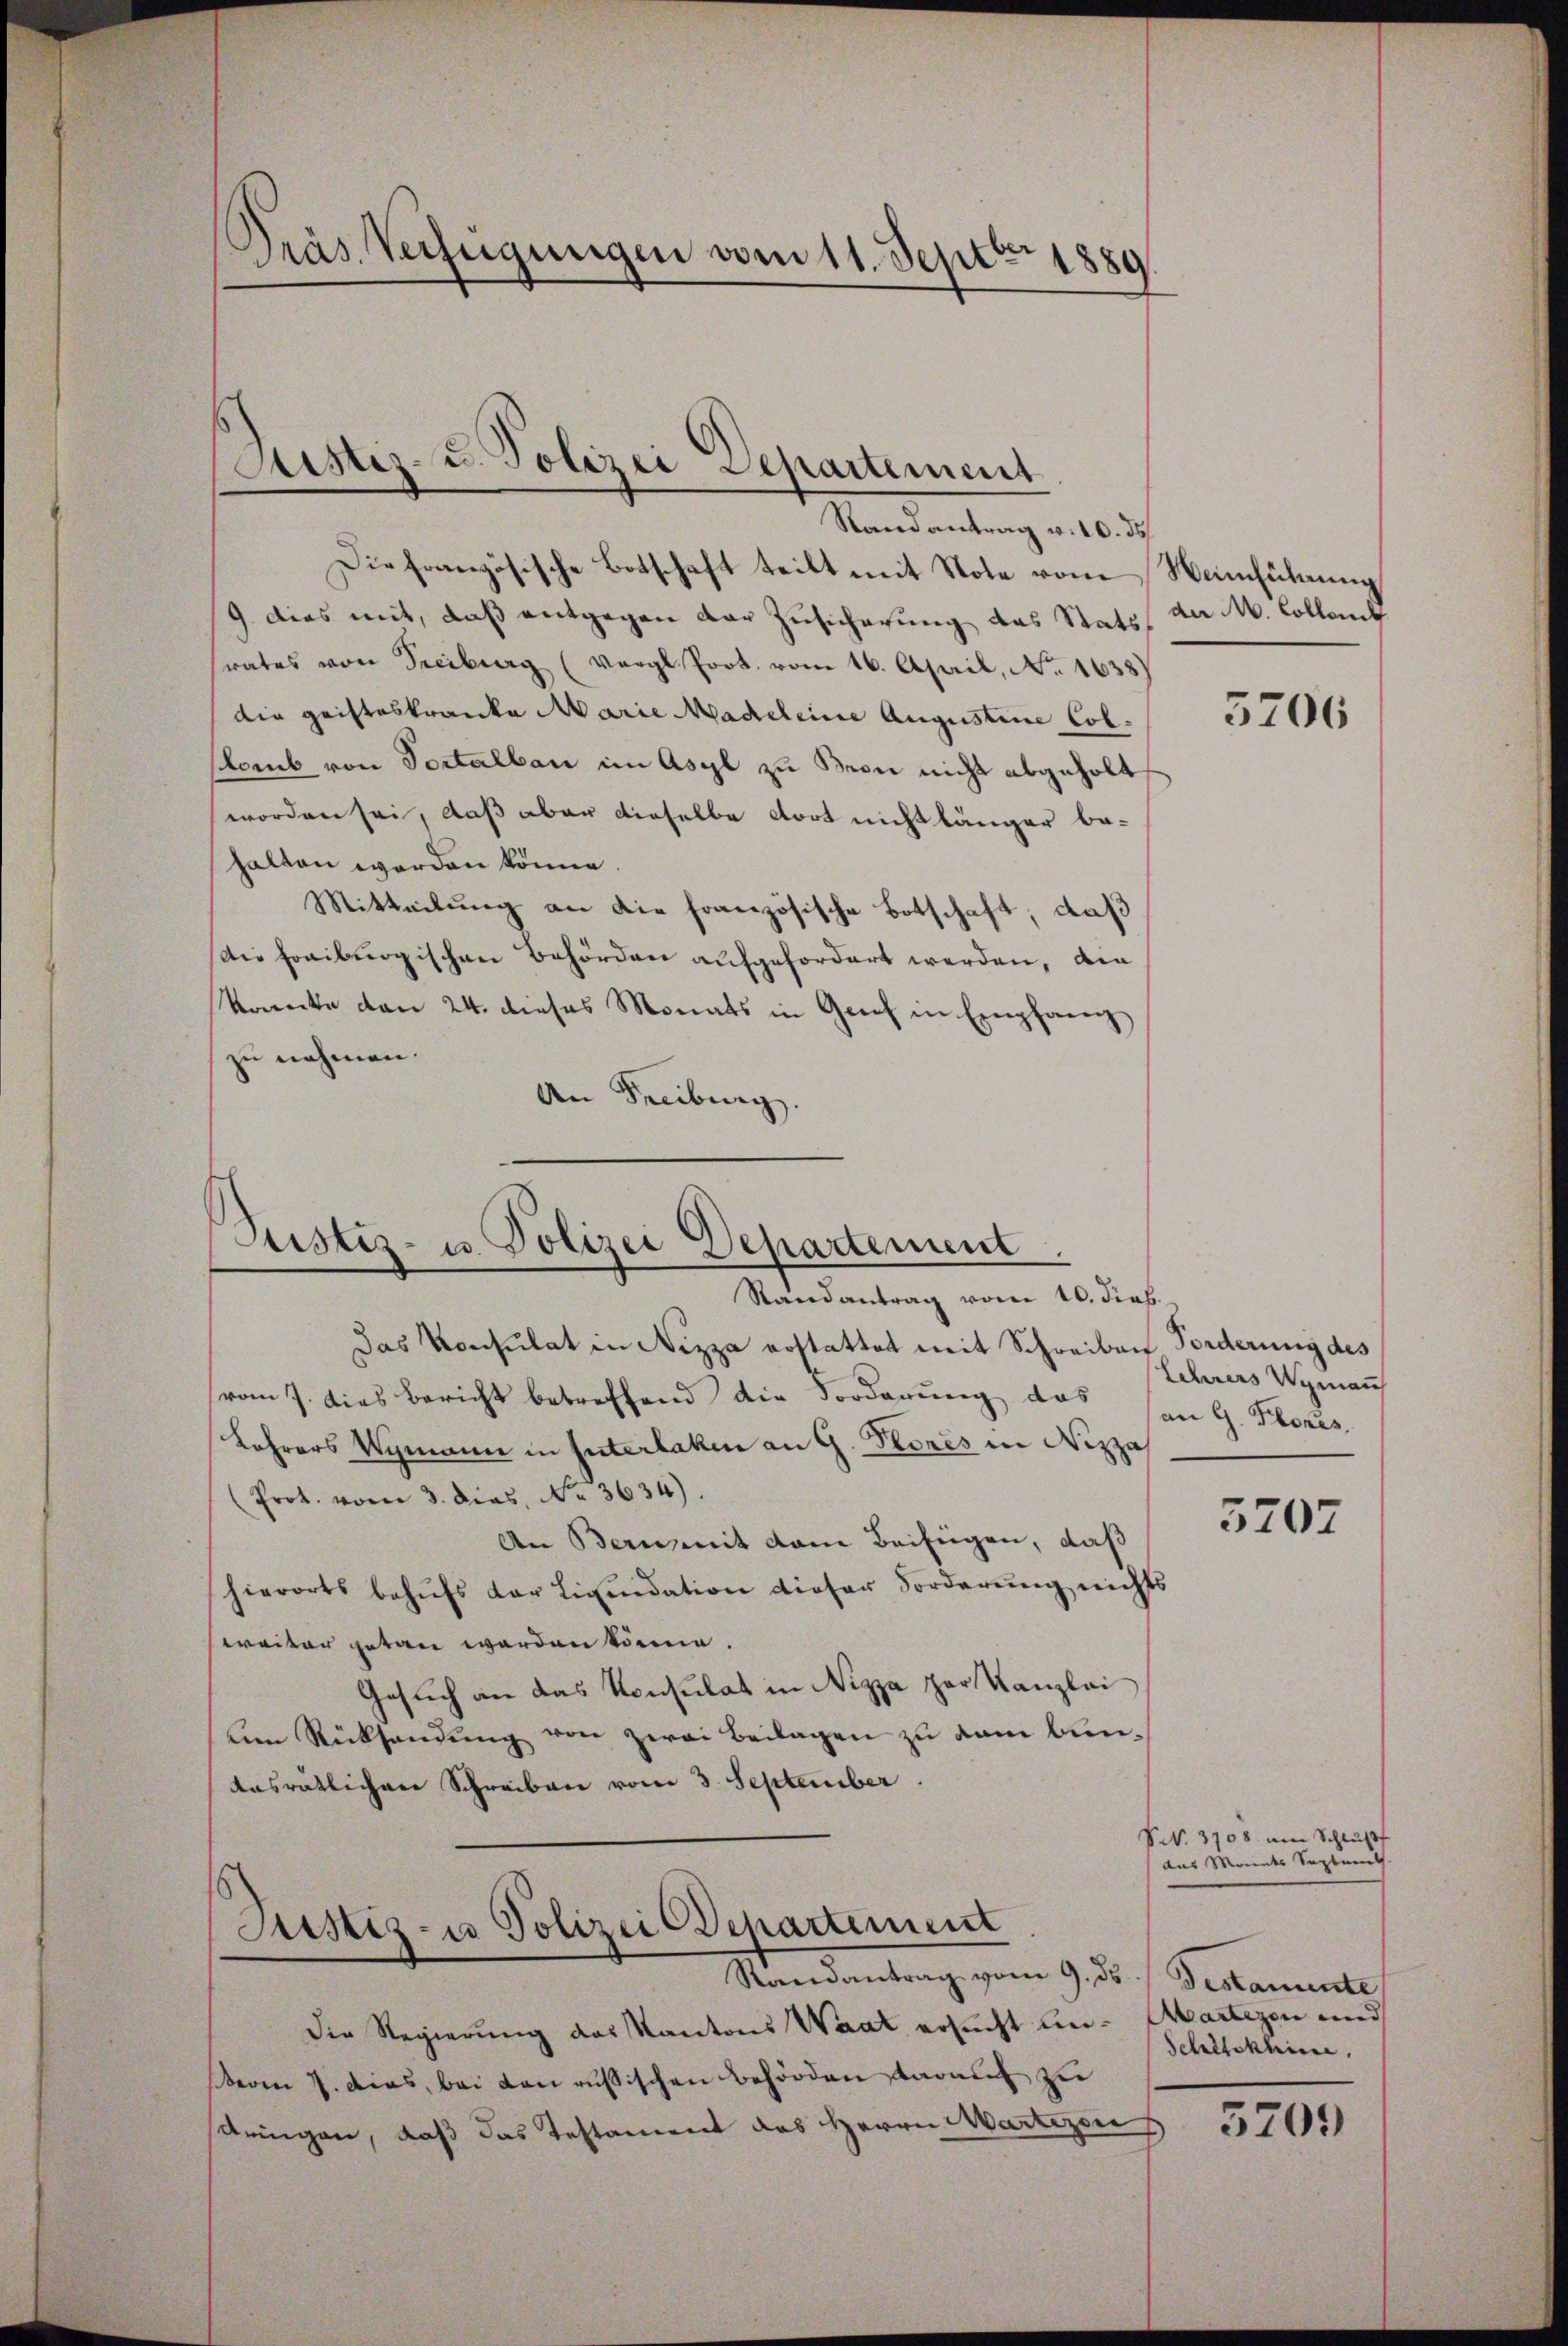
Gräs. Verfügungen vom 11. Septer 1889

Aistiz- u. Polizei Departement
Randantrag v. 10. ds

Die französische Botschaft teilt mit Note vom Nemführung
/9. dies mit, daß entgegen der Zusicherung das Stats, da M. Collend
srates von Freiburg (Vergl. Prot. vom 16. April, No. 1638)
die geisteskranke Marie Madeleine Augustine Colslomb von Sortalbau im Asyl zu Beon nicht abgeholt
worden sei, daß aber dieselbe dort nicht länger be-
halten worden könne.
Mitteilung an die französische Botschaft, daß
Die Freiburgischen Behörden aufgefordert werden, die
kranke den 24. dieses Monats in Gries in Empfang
zu nehmen.
An Freiburg.

Justiz- u. Polizei Departement
Randantrag vom 10. dies

Das Konsulat in Nizza erstattet mit Schreiben Forderung des
vom 7. dies Bericht betreffend die Forderung das von G. Flores
Lohrers Vymann in Interlaken an G. Flores in Nizza
(Prot. vom 3. dies, No. 3634).
An Bern mit dem Beifügen, daß
hierorts behŭfs der Liquidation dieser Forderŭng nichts
weiter getan werden könne.
Gesuch an das Konsulat in Nizza par Kanzlei
um Rücksendung von zwei Beilagen zu vom Bun¬
Aasrätlichen Schreiben vom 3. September
Justiz- u Polizei Departement
Randantrag vom 9. ds Gestamente
Die Regierung des Kantons Waat ersucht ein-Martezen und
derm 7. dies, bei den russischen Behörden darauf zu
dringen, daß das Testament des Herrn Martezei

5206

Lehrers Wymaus

5707

Nrk. 3708 am Schluß
aus Monats Septemb
Schilekhine,

5209